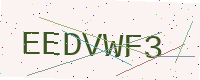
Text: EEDVWF3